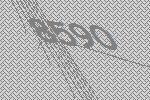
8590